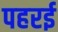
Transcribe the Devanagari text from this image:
पहरई